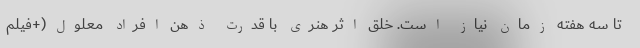
تا سه هفته زمان نیاز است. خلق اثر هنری با قدرت ذهن افراد معلول(+فیلم